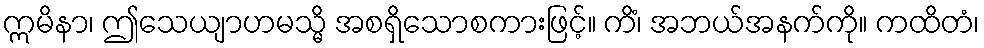
ဣမိနာ၊ ဤသေယျာဟမသ္မိ အစရှိသောစကားဖြင့်။ ကိံ၊ အဘယ်အနက်ကို။ ကထိတံ၊